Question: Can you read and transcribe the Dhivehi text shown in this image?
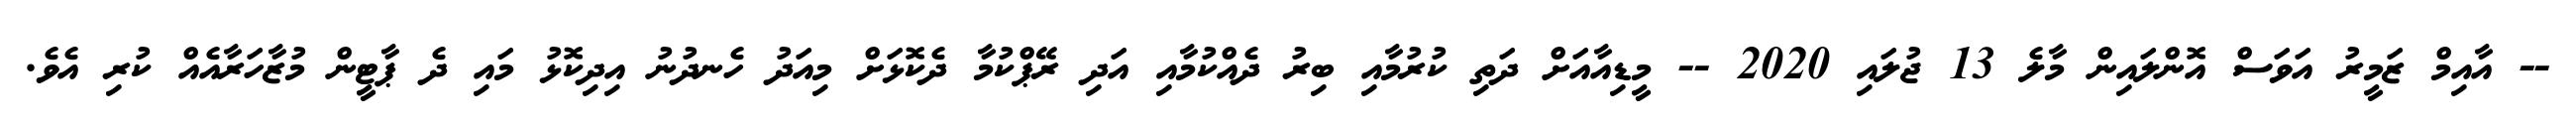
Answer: -- އާއިމް ޒަމީރު އަވަސް އޮންލައިން މާލެ 13 ޖުލައި 2020 -- މީޑިއާއަށް ދަތި ކުރުމާއި ބިރު ދެއްކުމާއި އަދި ރޭޕްކުމާ ދެކޮޅަށް މިއަދު ހެނދުނު އިދިކޮޅު މައި ދެ ޕާޓީން މުޒާހަރާއެއް ކުރި އެވެ.